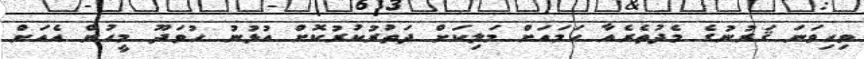
ވިހިވަނަ ޤަރުނުގެ މެދުތެރެއާ ހަމައަށް މަލިކަށް ދަތުރުކުރުކޮށް އުޅުނު ހުވަދޫ މީހުން އެއަށް